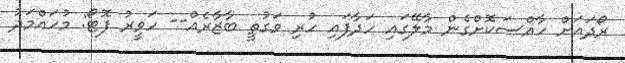
ރޯދައަށް ހާއްސަކޮށްގެން މާލޭގައި ހަދާފައި ހުރި ވަގުތީ ބާޒާރެއް-- ހަވީރު ފޮޓޯ: މުހައްމަދު